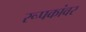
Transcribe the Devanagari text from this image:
रूपकांवर